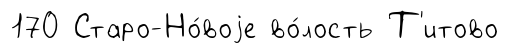
170 Старо-Но́воjе во́лость Т'итово